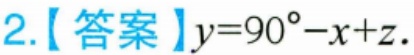
2.【答案】$y = 90^{\circ}-x + z$.